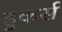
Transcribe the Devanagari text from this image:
हुकर्स